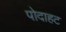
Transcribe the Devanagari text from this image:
पोदाहट